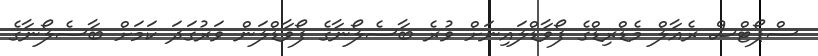
ސްޕޯޓްސް ރެއާލް މެޑްރިޑްގެ ފޯވާޑްލައިނަށް ވުރެ ބާސެލޯނާގެ ފޯވާޑްލަން ވަރުގަދަ ކަމަށް ބާސެލޯނާގެ